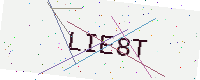
Text: LIE8T